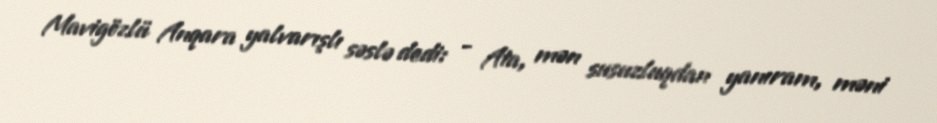
Mavigözlü Anqara yalvarışlı səslə dedi: - Ata, mən susuzluqdan yanıram, məni